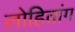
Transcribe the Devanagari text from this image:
लोहितांग